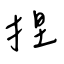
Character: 捏